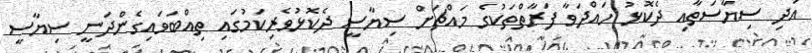
އަދި ސިޔާސަތާއި ދެކޮޅު ހައްދަވާ ފަރާތްތަކުގެ މައްޗަށް ސިޔާސީ ދެކޮޅުވެރިކަމުގައި ތިއްބަވައިގެންދަނީ ސިޔާސީ